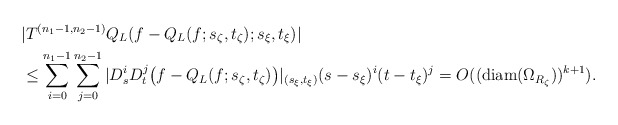
\begin{align*}&\vert T^{(n_1-1,n_2-1)}Q_L(f-Q_L(f;s_{\zeta},t_{\zeta});s_{\xi},t_{\xi})\vert\\&\le \sum_{i=0}^{n_1-1} \sum_{j=0}^{n_2-1} \vert D_s^iD_t^j\big(f-Q_L(f;s_{\zeta},t_{\zeta})\big)\vert_{(s_{\xi},t_{\xi})} (s-s_{\xi})^i (t-t_{\xi})^j=O((\mbox{diam}(\Omega_{R_{\zeta}}))^{k+1}).\end{align*}